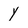
Character: y